Streptothrix isolated from the spleen of a leper - Number 51
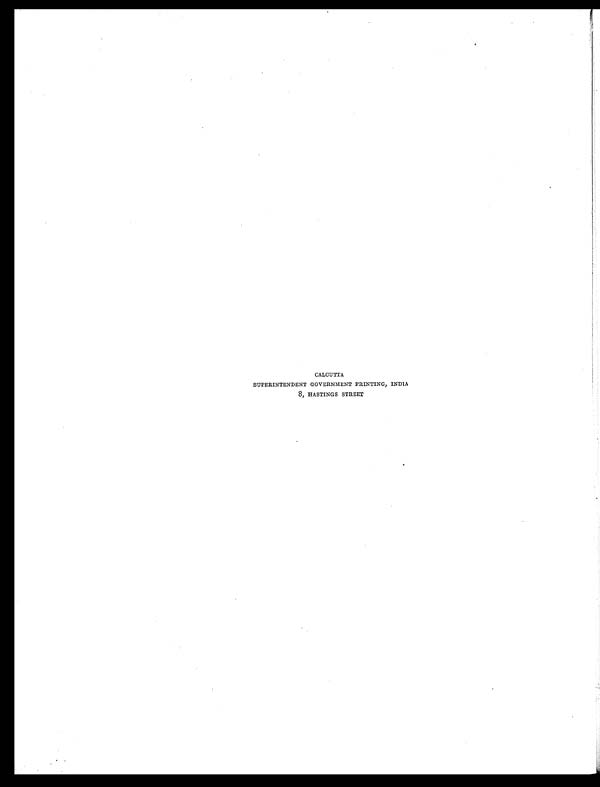
CALCUTTA
SUPERINTENDENT GOVERNMENT PRINTING, INDIA
8, HASTINGS STREET